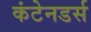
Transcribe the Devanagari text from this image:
कंटेनडर्स